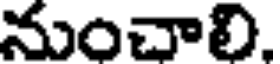
నుంచాలి,